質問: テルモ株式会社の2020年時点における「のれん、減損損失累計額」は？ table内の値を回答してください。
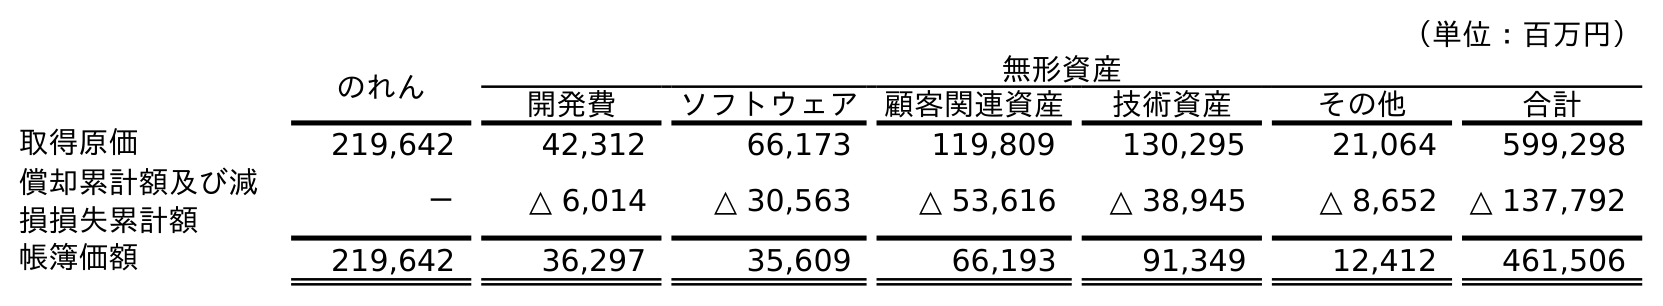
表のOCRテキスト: （単位：百万円） のれん 無形資産 開発費 ソフトウェア 顧客関連資産 技術資産 その他 合計 取得原価 219,642 42,312 66,173 119,809 130,295 21,064 599,298 償却累計額及び減 損損失累計額 － △ 6,014 △ 30,563 △ 53,616 △ 38,945 △ 8,652 △ 137,792 帳簿価額 219,642 36,297 35,609 66,193 91,349 12,412 461,506
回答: －